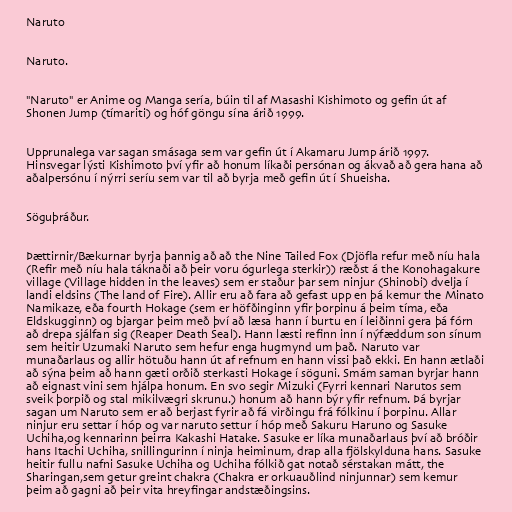
Naruto

Naruto.

"Naruto" er Anime og Manga sería, búin til af Masashi Kishimoto og gefin út af
Shonen Jump (tímariti) og hóf göngu sína árið 1999.

Upprunalega var sagan smásaga sem var gefin út í Akamaru Jump árið 1997.
Hinsvegar lýsti Kishimoto því yfir að honum líkaði persónan og ákvað að gera hana að
aðalpersónu í nýrri seríu sem var til að byrja með gefin út í Shueisha.

Söguþráður.

Þættirnir/Bækurnar byrja þannig að að the Nine Tailed Fox (Djöfla refur með níu hala
(Refir með níu hala táknaði að þeir voru ógurlega sterkir)) ræðst á the Konohagakure
village (Village hidden in the leaves) sem er staður þar sem ninjur (Shinobi) dvelja í
landi eldsins (The land of Fire). Allir eru að fara að gefast upp en þá kemur the Minato
Namikaze, eða fourth Hokage (sem er höfðinginn yfir þorpinu á þeim tíma, eða
Eldskugginn) og bjargar þeim með því að læsa hann í burtu en í leiðinni gera þá fórn
að drepa sjálfan sig (Reaper Death Seal). Hann læsti refinn inn í nýfæddum son sínum
sem heitir Uzumaki Naruto sem hefur enga hugmynd um það. Naruto var
munaðarlaus og allir hötuðu hann út af refnum en hann vissi það ekki. En hann ætlaði
að sýna þeim að hann gæti orðið sterkasti Hokage í söguni. Smám saman byrjar hann
að eignast vini sem hjálpa honum. En svo segir Mizuki (Fyrri kennari Narutos sem
sveik þorpið og stal mikilvægri skrunu.) honum að hann býr yfir refnum. Þá byrjar
sagan um Naruto sem er að berjast fyrir að fá virðingu frá fólkinu í þorpinu. Allar
ninjur eru settar í hóp og var naruto settur í hóp með Sakuru Haruno og Sasuke
Uchiha,og kennarinn þeirra Kakashi Hatake. Sasuke er líka munaðarlaus því að bróðir
hans Itachi Uchiha, snillingurinn í ninja heiminum, drap alla fjölskylduna hans. Sasuke
heitir fullu nafni Sasuke Uchiha og Uchiha fólkið gat notað sérstakan mátt, the
Sharingan,sem getur greint chakra (Chakra er orkuauðlind ninjunnar) sem kemur
þeim að gagni að þeir vita hreyfingar andstæðingsins.